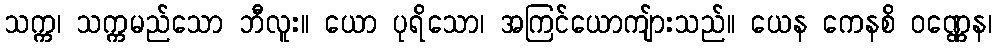
သက္က၊ သက္ကမည်သော ဘီလူး။ ယော ပုရိသော၊ အကြင်ယောကျ်ားသည်။ ယေန ကေနစိ ဝဏ္ဏေန၊